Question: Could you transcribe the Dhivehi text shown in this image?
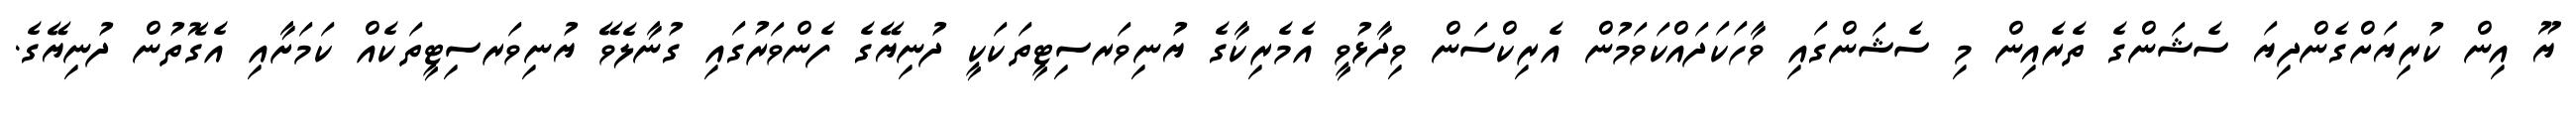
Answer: ޔޫ އިން ކުރިޔަށްގެންދިޔަ ސެޝަންގެ ތެރެއިން މި ސެޝަންގައި ވާހަކަދައްކަވަމުން އެރިކްސަން ވިދާޅުވީ އެމެރިކާގެ ޔުނިވަރސިޓީތަކަކީ ދުނިޔޭގެ ފެންވަރުގައި ގުނާލެވޭ ޔުނިވަރސިޓީތަކެއް ކަމަށާއި އެގޮތުން ދުނިޔޭގެ.